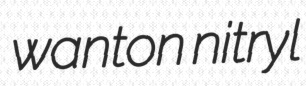
wanton nitryl